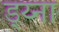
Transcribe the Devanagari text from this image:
ड्य्ना